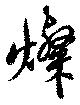
燦